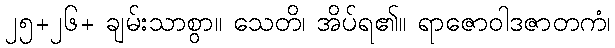
၂၅+၂၆+ ချမ်းသာစွာ။ သေတိ၊ အိပ်ရ၏။ ရာဇောဝါဒဇာတကံ၊